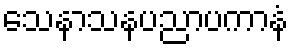
သေနာသနပညာပကာနံ